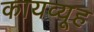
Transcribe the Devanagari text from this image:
कायव्यूह